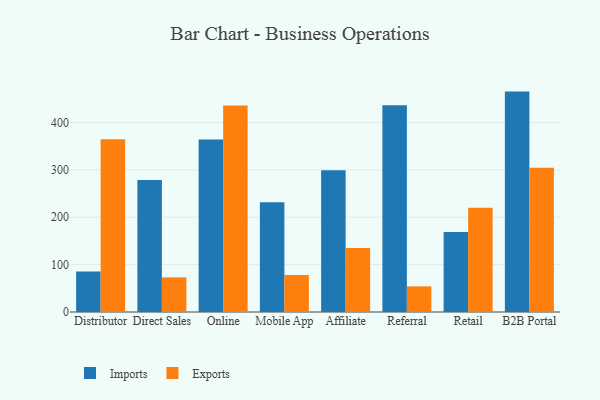
{"axis": {"x": "Channel", "y": "Population (Million)"}, "legend": ["Exports", "Imports"], "data": [{"x": "Distributor", "y": 85.4, "type": "Imports"}, {"x": "Distributor", "y": 364.6, "type": "Exports"}, {"x": "Direct Sales", "y": 278.7, "type": "Imports"}, {"x": "Direct Sales", "y": 73.1, "type": "Exports"}, {"x": "Online", "y": 364.1, "type": "Imports"}, {"x": "Online", "y": 435.7, "type": "Exports"}, {"x": "Mobile App", "y": 231.9, "type": "Imports"}, {"x": "Mobile App", "y": 77.9, "type": "Exports"}, {"x": "Affiliate", "y": 299.0, "type": "Imports"}, {"x": "Affiliate", "y": 135.0, "type": "Exports"}, {"x": "Referral", "y": 436.6, "type": "Imports"}, {"x": "Referral", "y": 54.1, "type": "Exports"}, {"x": "Retail", "y": 168.8, "type": "Imports"}, {"x": "Retail", "y": 219.9, "type": "Exports"}, {"x": "B2B Portal", "y": 465.2, "type": "Imports"}, {"x": "B2B Portal", "y": 304.5, "type": "Exports"}]}